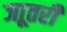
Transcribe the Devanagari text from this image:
जाूतरी